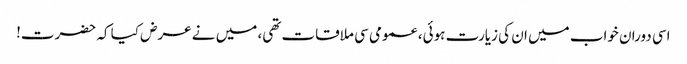
اسی دوران خواب میں ان کی زیارت ہوئی، عمومی سی ملاقات تھی، میں نے عرض کیا کہ حضرت!